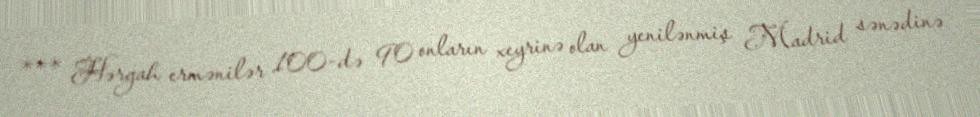
*** Hərgah ermənilər 100-də 90 onların xeyrinə olan yenilənmiş Madrid sənədinə